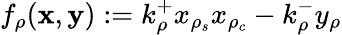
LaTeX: f_{\rho}({\mathbf x},{\mathbf y}):=k_{\rho}^{+}x_{\rho_{s}}x_{\rho_{c}}-k_{\rho}^{-}y_{\rho}